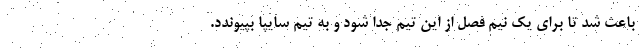
باعث شد تا برای یک نیم فصل از این تیم جدا شود و به تیم سایپا بپیوندد.